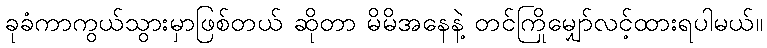
ခုခံကာကွယ်သွားမှာဖြစ်တယ် ဆိုတာ မိမိအနေနဲ့ တင်ကြိုမျှော်လင့်ထားရပါမယ်။